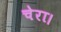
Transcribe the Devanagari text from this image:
चेरा।